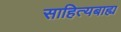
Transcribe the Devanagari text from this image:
साहित्यबाह्य